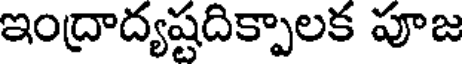
ఇంద్రాద్యష్టదిక్పాలక పూజ